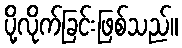
ပို့လိုက်ခြင်းဖြစ်သည်။